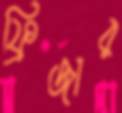
ফ্রিজার